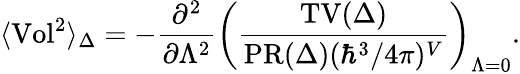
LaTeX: \langle\mathrm{Vol}^{2}\rangle_{\Delta}=-{\frac{\partial^{2}}{\partial\Lambda^{2}}}\left({\frac{\mathrm{TV}(\Delta)}{\mathrm{PR}(\Delta)(\hbar^{3}/4\pi)^{V}}}\right)_{\Lambda=0}.